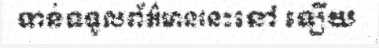
ទាន់ទទួលព័ត៌មាននេះនៅ ឡើយ